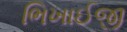
ભિખાઈજી